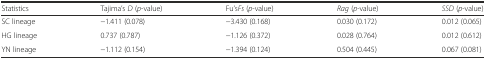
| Statistics | Tajima’s D (p-value) | Fu’sFs (p-value) | Rag (p-value) | SSD (p-value) |
 | --- | --- | --- | --- | --- |
 | SC lineage | −1.411 (0.078) | −3.430 (0.168) | 0.030 (0.172) | 0.012 (0.065) |
 | HG lineage | 0.737 (0.787) | −1.126 (0.372) | 0.028 (0.764) | 0.012 (0.612) |
 | YN lineage | −1.112 (0.154) | −1.394 (0.124) | 0.504 (0.445) | 0.067 (0.081) |